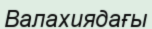
Валахиядағы